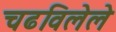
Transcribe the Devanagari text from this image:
चढविलेले